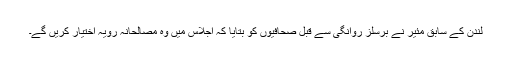
لندن کے سابق مئیر نے برسلز روانگی سے قبل صحافیوں کو بتایا کہ اجلاس میں وہ مصالحانہ رویہ اختیار کریں گے۔